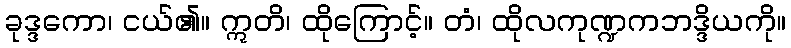
ခုဒ္ဒကော၊ ငယ်၏။ ဣတိ၊ ထိုကြောင့်။ တံ၊ ထိုလကုဏ္ဍကဘဒ္ဒိယကို။